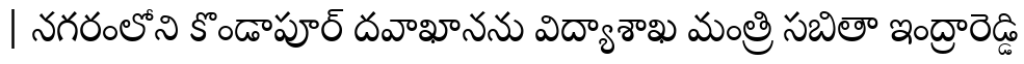
| నగరంలోని కొండాపూర్ దవాఖానను విద్యాశాఖ మంత్రి సబితా ఇంద్రారెడ్డి